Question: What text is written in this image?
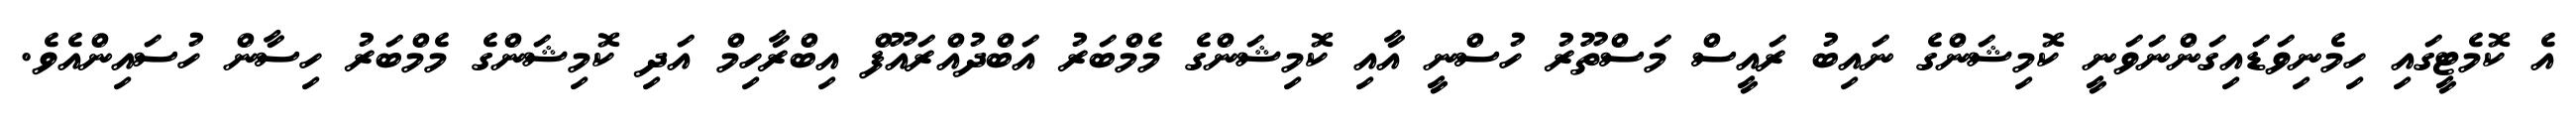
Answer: އެ ކޮމެޓީގައި ހިމެނިވަޑައިގަންނަވަނީ ކޮމިޝަންގެ ނައިބު ރައީސް މަސްތޫރު ހުސްނީ އާއި ކޮމިޝަންގެ މެމްބަރު އަބްދުއްރައޫފް އިބްރާހިމް އަދި ކޮމިޝަންގެ މެމްބަރު ހިސާން ހުސައިންއެވެ.